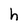
Character: h